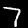
Digit: 7